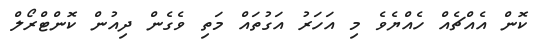
ކޮން އެއްޗެއް ހެއްޔެވެ މި އަހަރު އަގުތައް މަތި ވެގެން ދިއުން ކޮންޓްރޯލް